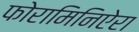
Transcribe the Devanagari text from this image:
फोरामिनिऐरा